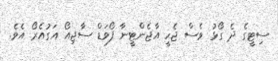
ސިޓީގެ ދެ ގޯޅު ވެސް ޖެހީ އާޖެންޓީނާ ފޯވަޑް ސާޖިއޯ އަގުއެރޯ އެވެ.